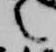
言